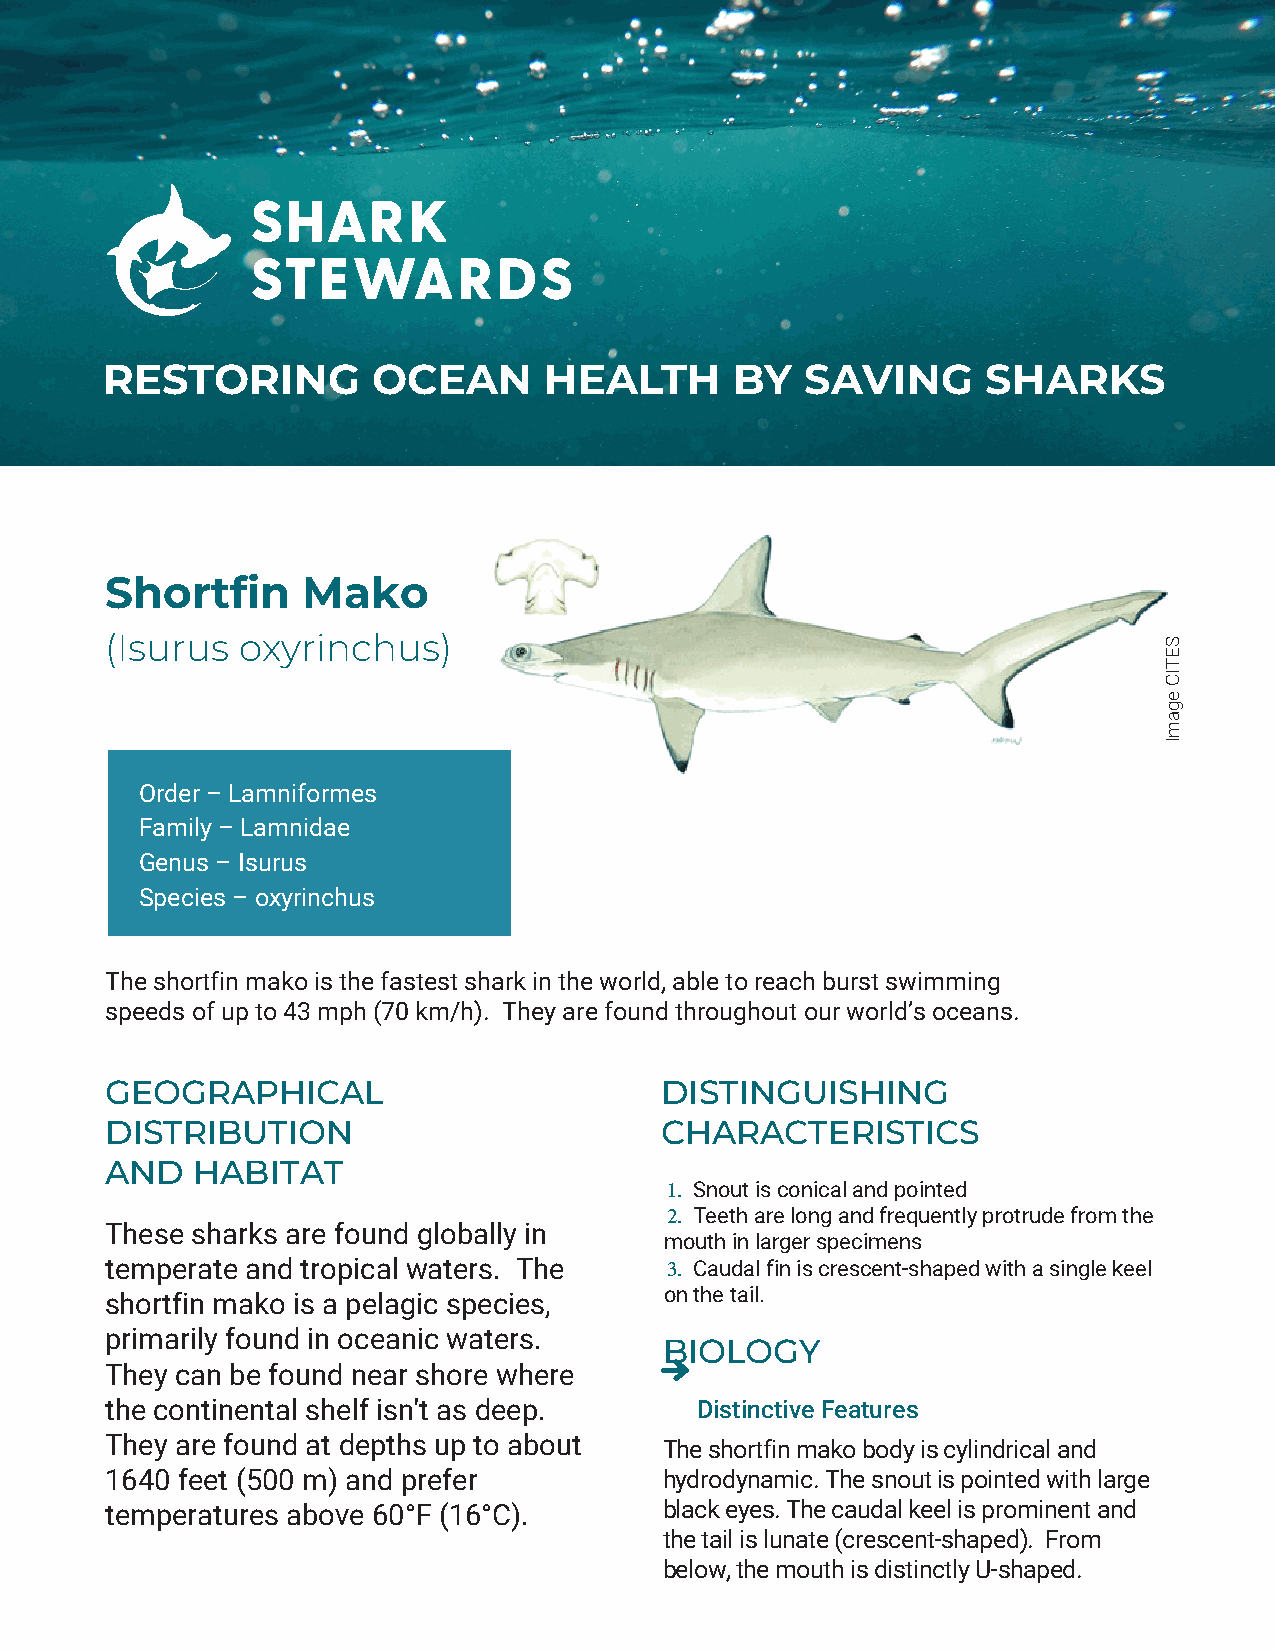
RESTORING         OCEAN      HEALTH       BY  SAVING      SHARKS
 Shortfin     Mako
 (Isurus  oxyrinchus)
 Order – Lamniformes
 Family – Lamnidae
 Genus – Isurus
 Species – oxyrinchus
 The shortfin mako is the fastest shark in the world, able to reach burst swimming
 speeds of up to 43 mph (70 km/h). They are found throughout our world’s oceans.
 GEOGRAPHICAL                         DISTINGUISHING
 DISTRIBUTION                         CHARACTERISTICS
 AND   HABITAT
 1. Snout is conical and pointed
 2. Teeth are long and frequently protrude from the
 These sharks are found globally in
 mouth in larger specimens
 temperate and tropical waters. The   3. Caudal fin is crescent-shaped with a single keel
 on the tail.
 shortfin mako is a pelagic species,
 primarily found in oceanic waters.
 BIOLOGY
 They can be found near shore where
 the continental shelf isn't as deep.   Distinctive Features
 They are found at depths up to about
 The shortfin mako body is cylindrical and
 1640 feet (500 m) and prefer         hydrodynamic. The snout is pointed with large
 temperatures above 60°F (16°C).      black eyes. The caudal keel is prominent and
 the tail is lunate (crescent-shaped). From
 below, the mouth is distinctly U-shaped.
 SETIC
 egamI